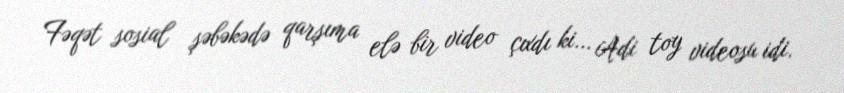
Fəqət sosial şəbəkədə qarşıma elə bir video çıxdı ki... Adi toy videosu idi.